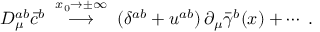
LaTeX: D _ { \mu } ^ { a b } \bar { c } ^ { b } \; \stackrel { x _ { 0 } \to \pm \infty } { \longrightarrow } \; ( \delta ^ { a b } + u ^ { a b } ) \, \partial _ { \mu } \bar { \gamma } ^ { b } ( x ) + \cdots \; .